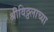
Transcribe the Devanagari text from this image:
श्रीविठ्ठलाच्या